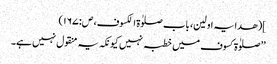
](ھدایہ اولین، باب صلوٰۃ الکسوف، ص:۱۶۷)
’’صلوٰۃ کسوف میں خطبہ نہیں کیونکہ یہ منقول نہیں ہے۔